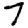
Digit: 7